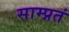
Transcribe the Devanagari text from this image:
साम्प्रतं